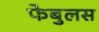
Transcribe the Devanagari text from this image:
फेबुलस